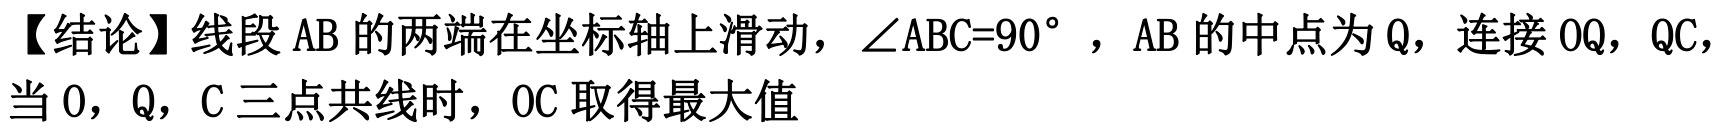
【结论】线段\(AB\)的两端在坐标轴上滑动，\(\angle ABC = 90^{\circ}\)，\(AB\)的中点为\(Q\)，连接\(OQ\)，\(QC\)，当\(O\)，\(Q\)，\(C\)三点共线时，\(OC\)取得最大值